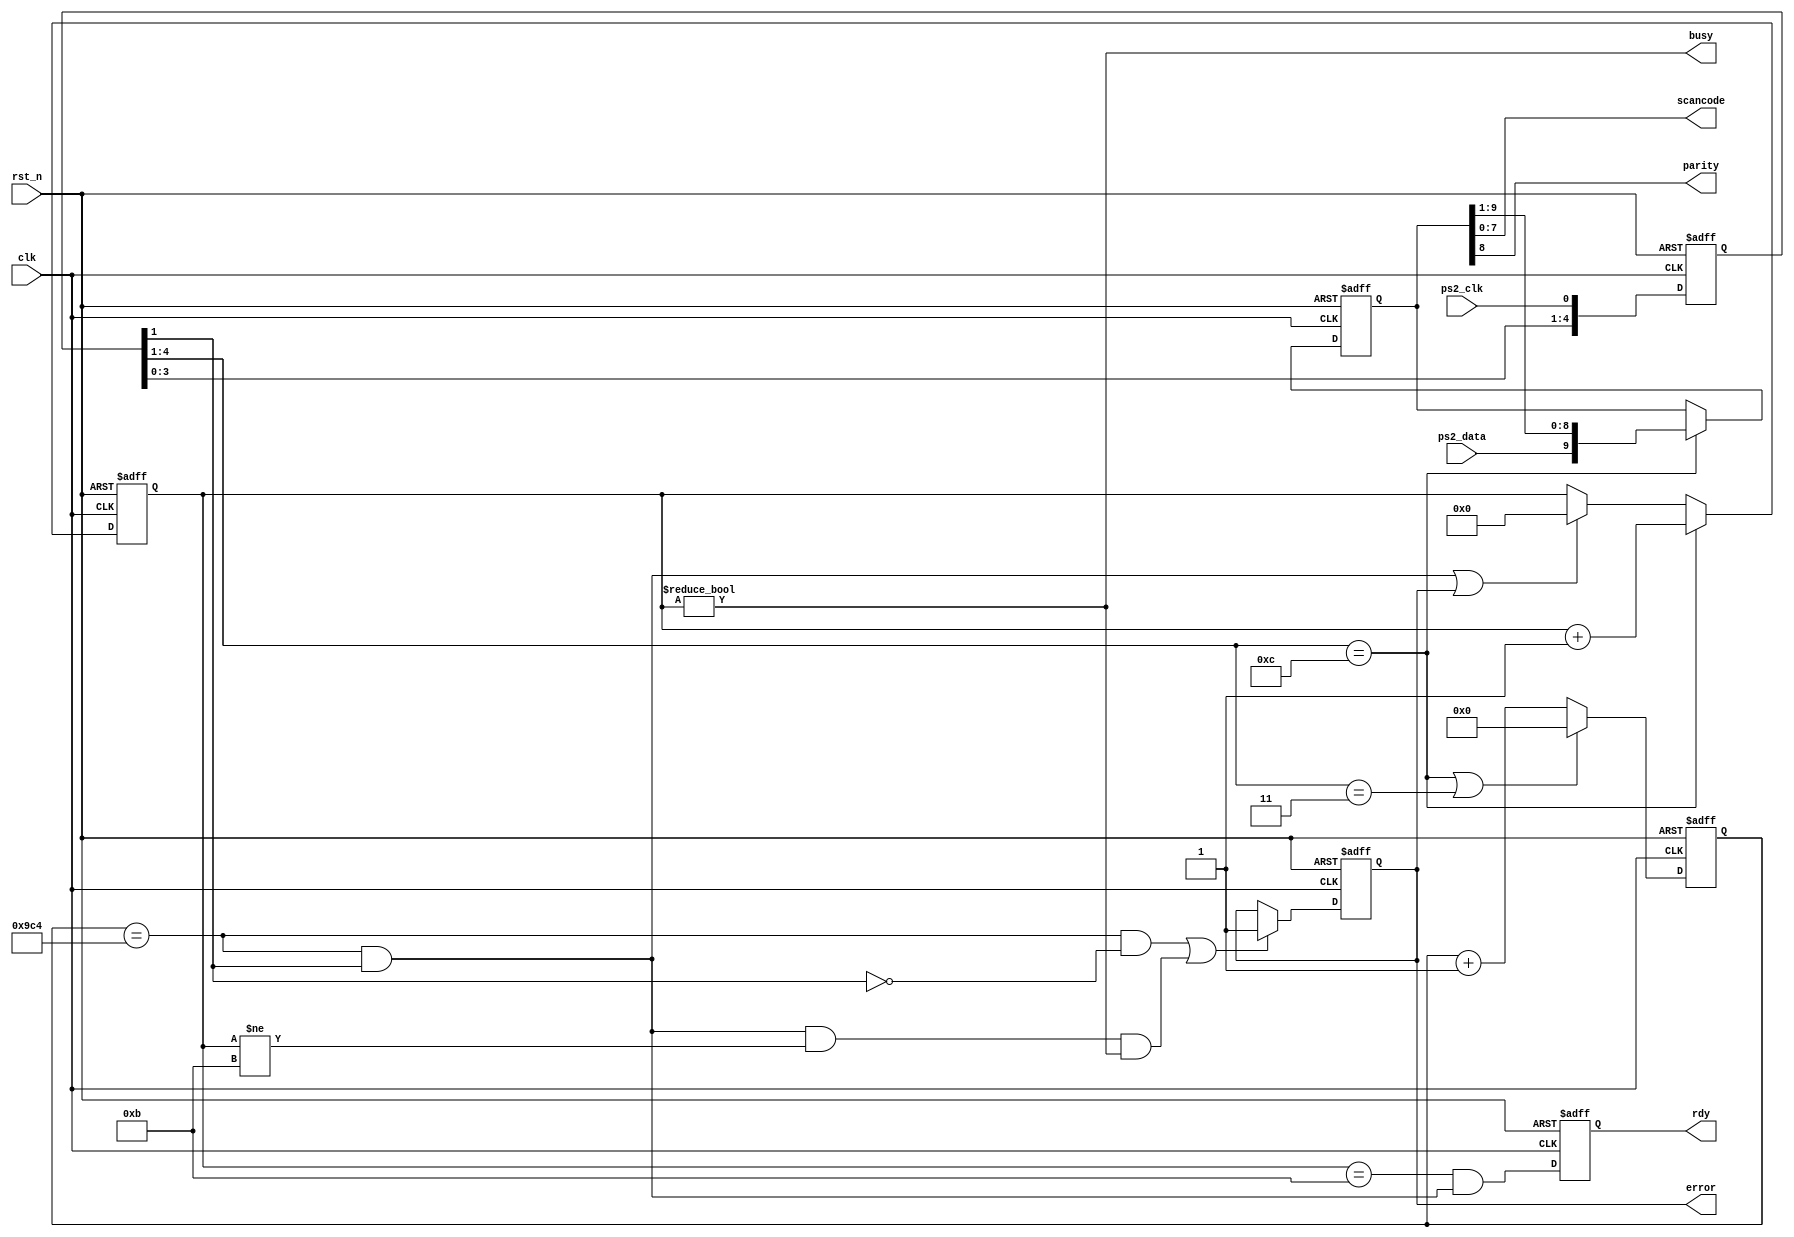
// ps2.v
//
// Monitor the serial datastream and clock from a PS/2 keyboard
// and output a scancode for any key that is pressed.
//
// Notes:
//   
// The clock from the PS/2 keyboard is used directly.  It is sampled at
// the frequency of the  main clock input; edges are extracted from the
// sample clock.  The main clock must be substantially faster than
// the 10 KHz PS/2 clock - 200 KHz or more.
//
// The scancode is only valid when the ready signal is high.  The scancode
// should be registered by an external circuit on the first clock edge
// after the ready signal goes high.
//
// The ready signal pulses only after the key is released.
//
// The error flag is set whenever the PS/2 clock stops pulsing and the
// PS/2 clock is either at a low level or less than 11 bits of serial
// data have been received (start + 8 data + parity + stop).
//

module ps2(clk,		// main clock
	   rst_n,	// asynchronous reset
	   ps2_clk,	// clock from keyboard
	   ps2_data,	// data from keyboard
	   scancode,	// key scancode
	   parity,	// parity bit for scancode
	   busy,	// busy receiving scancode
	   rdy,		// scancode ready pulse
	   error	// error receiving scancode
	   );
   
   input clk, rst_n;
   input ps2_clk;
   input ps2_data;
   output [7:0] scancode;
   output 	parity;
   output 	busy;
   output 	rdy;
   output 	error;

	   
   parameter 	FREQ = 25000; // frequency of the main clock (KHz)
   parameter 	PS2_FREQ = 10;  // keyboard clock frequency (KHz)
   parameter 	TIMEOUT  = FREQ / PS2_FREQ;  // ps2_clk quiet timeout
   parameter [7:0] KEY_RELEASE = 8'b11110000;  // sent when key is rel'd

   reg [13:0]  timer_r;		// time since last PS/2 clock edge
   wire [13:0] timer_x;

   reg [3:0]   bitcnt_r;	// number of received scancode bits
   wire [3:0]  bitcnt_x;

   reg [4:0]   ps2_clk_r;	// PS/2 clock sync / edge detect
   wire [4:0]  ps2_clk_x;

   reg [9:0]   sc_r;	 	// scancode shift register
   wire [9:0]  sc_x;

   reg 	       keyrel_r;	// set when key release received
   wire        keyrel_x;

   reg 	       rdy_r;	 	// set when scancode ready
   wire        rdy_x;

   reg 	       error_r;	 	// set when an error occurs
   wire        error_x;

   wire        ps2_clk_fall_edge; // on falling edge of PS/2 clock
   wire        ps2_clk_rise_edge; // on rising edge of PS/2 clock
   wire        ps2_clk_edge;	 // on either edge of PS/2 clock
   wire        ps2_clk_quiet;	 // when no edges on PS/2 clock for TIMEOUT
   wire        scancode_rdy;	 // when scancode has been received


   // shift the level on the PS/2 clock into a shift register
   assign ps2_clk_x = {ps2_clk_r[3:0], ps2_clk};

   // look at the PS/2 clock levels stored in the shift register
   //  and find rising or falling edges
   assign ps2_clk_fall_edge = ps2_clk_r[4:1] == 4'b1100;
   assign ps2_clk_rise_edge = ps2_clk_r[4:1] == 4'b0011;
   assign ps2_clk_edge      = ps2_clk_fall_edge || ps2_clk_rise_edge;

   // shift the keyboard scancode into the shift register on the
   //  falling edge of the PS/2 clock
   assign sc_x = ps2_clk_fall_edge ? {ps2_data, sc_r[9:1]} : sc_r;

   // clear the timer right after a PS/2 clock edge and
   //  then keep incrementing it until the next edge
   assign timer_x = ps2_clk_edge ? 0 : (timer_r + 1);

   // indicate when the PS/2 clock has stopped pulsing and
   //  is at a high level.
   assign ps2_clk_quiet = timer_r == TIMEOUT && ps2_clk_r[1];

   // increment bit counter on each falling edge of the PS/2 clock.
   // reset the bit counter if the PS/2 clock stops pulsing or 
   // if there was an error receiving the scancode.
   // otherwise, keep the bit counter unchanged.
   assign bitcnt_x = ps2_clk_fall_edge ? (bitcnt_r + 1) :
		     (ps2_clk_quiet || error_r) ? 0 :
		     bitcnt_r;

   // a scancode has been received if the bit counter is 11 and
   //  the PS/2 clock has stopped pulsing
   assign scancode_rdy = bitcnt_r == 4'd11 && ps2_clk_quiet;

/*
   // look for the scancode sent when the key is released
   assign keyrel_x = (sc_r[7:0] == KEY_RELEASE && scancode_rdy) ? 1 :
		     (rdy_r || error_r) ? 0 :
		     keyrel_r;

   // the scancode for the pressed key arrives after receiving
   //  the key-release scancode 
   assign rdy_x = keyrel_r && scancode_rdy;
*/ 
   assign rdy_x = scancode_rdy;

   // indicate an error if the clock is low for too long or
   //  if it stops pulsing in the middle of a scancode
   assign error_x = (timer_r == TIMEOUT && ps2_clk_r[1] == 0) ||
		    (ps2_clk_quiet && bitcnt_r != 4'd11 && bitcnt_r != 4'd0) ?
		    1 : error_r;

   // outputs
   assign scancode = sc_r[7:0];		// scancode
   assign parity   = sc_r[8];		// parity bit for the scancode
   assign busy     = bitcnt_r != 4'd0;	// busy when recv'ing scancode
   assign rdy      = rdy_r;		// scancode ready flag
   assign error    = error_r;		// error flag

   // update the various registers
   always @(posedge clk or negedge rst_n)
     if (~rst_n)
       begin
	  ps2_clk_r <= 5'b11111;  // assume PS/2 clock has been high
	  sc_r      <= 0;
	  keyrel_r  <= 0;
	  rdy_r     <= 0;
	  timer_r   <= 0;
	  bitcnt_r  <= 0;
	  error_r   <= 0;
       end
     else
       begin
	  ps2_clk_r <= ps2_clk_x;
	  sc_r      <= sc_x;
	  keyrel_r  <= keyrel_x;
	  rdy_r     <= rdy_x;
	  timer_r   <= timer_x;
	  bitcnt_r  <= bitcnt_x;
	  error_r   <= error_x;
       end

   
endmodule